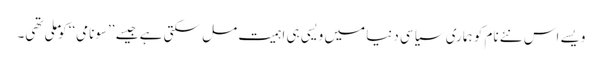
ویسے اس نئے نام کو ہماری سیاسی دنیا میں ویسی ہی اہمیت مل سکتی ہے جیسے ’’سونامی‘‘ کو ملی تھی۔